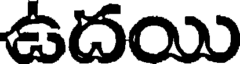
ఉదయి